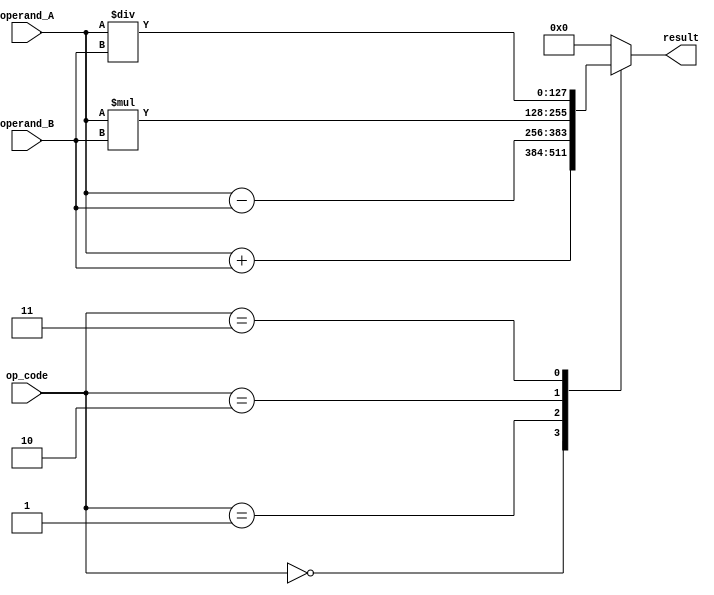
module QUAD_FP_UNIT (
    input wire [127:0] operand_A,
    input wire [127:0] operand_B,
    input wire [2:0] op_code,
    output reg [127:0] result
);

// Arithmetic Operations
always @ (*)
begin
    case(op_code)
        3'b000: // Addition
            result = operand_A + operand_B;
        3'b001: // Subtraction
            result = operand_A - operand_B;
        3'b010: // Multiplication
            result = operand_A * operand_B;
        3'b011: // Division
            result = operand_A / operand_B;
        default: // Invalid operation
            result = 128'h00000000000000000000000000000000; // result is 0
    endcase
end

endmodule